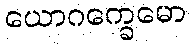
ယောဂက္ခေမော